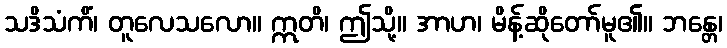
သဒိသံကိံ၊ တူလေသလော။ ဣတိ၊ ဤသို့။ အာဟ၊ မိန့်ဆိုတော်မူ၏။ ဘန္တေ၊